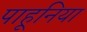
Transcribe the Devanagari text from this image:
पाहूनिया